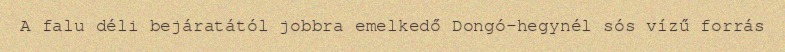
A falu déli bejáratától jobbra emelkedő Dongó-hegynél sós vízű forrás